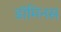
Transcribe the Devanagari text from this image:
डॉमिनस